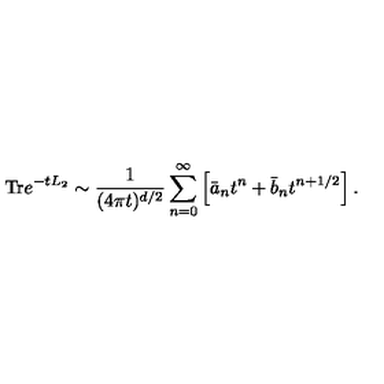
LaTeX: \mathrm { T r } e ^ { - t L _ { 2 } } \sim { \frac { 1 } { ( 4 \pi t ) ^ { d / 2 } } } \sum _ { n = 0 } ^ { \infty } \left[ \bar { a } _ { n } t ^ { n } + \bar { b } _ { n } t ^ { n + 1 / 2 } \right] .